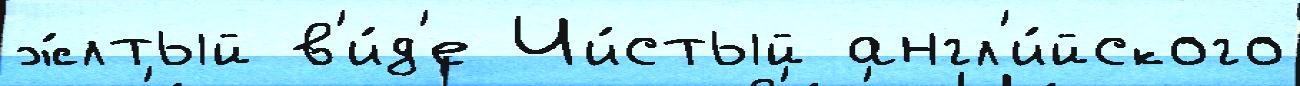
ж́лтый в'и́д'е Чи́стый англ'и́йского